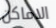
الاماكن